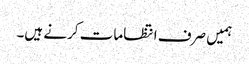
ہمیں صرف انتظامات کرنے ہیں۔